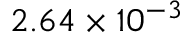
2 . 6 4 \times 1 0 ^ { - 3 }